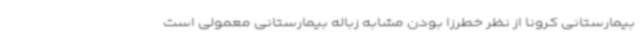
بیمارستانی کرونا از نظر خطرزا بودن مشابه زباله بیمارستانی معمولی است